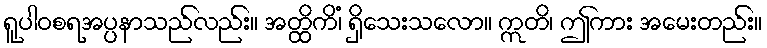
ရူပါဝစရအပ္ပနာသည်လည်း။ အတ္ထိကိံ၊ ရှိသေးသလော။ ဣတိ၊ ဤကား အမေးတည်း။